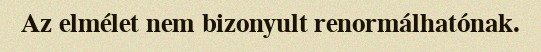
Az elmélet nem bizonyult renormálhatónak.